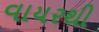
વાયરથી